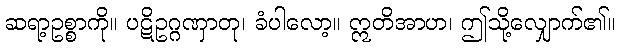
ဆရာ့ဥစ္စာကို။ ပဋိဥဂ္ဂဏှာတု၊ ခံပါလော့။ ဣတိအာဟ၊ ဤသို့လျှောက်၏။